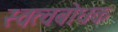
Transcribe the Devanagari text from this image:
स्वत्वबोधक